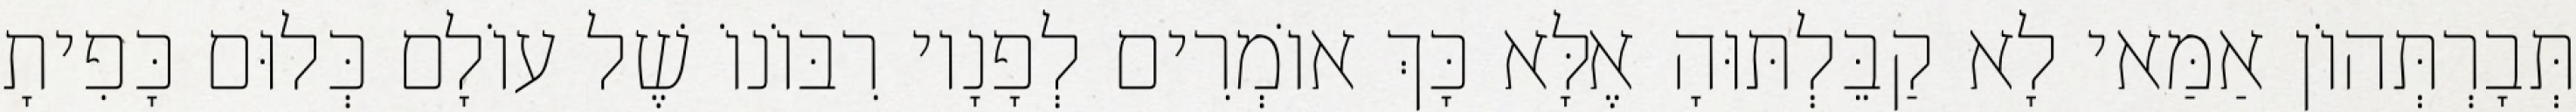
תְּבָרְתְּהוֹן אַמַּאי לָא קַבֵּלְתּוּהָ אֶלָּא כָּךְ אוֹמְרִים לְפָנָיו רִבּוֹנוֹ שֶׁל עוֹלָם כְּלוּם כָּפִיתָ